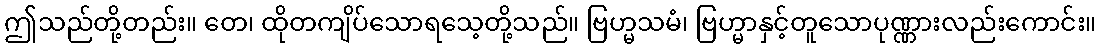
ဤသည်တို့တည်း။ တေ၊ ထိုတကျိပ်သောရသေ့တို့သည်။ ဗြဟ္မသမံ၊ ဗြဟ္မာနှင့်တူသောပုဏ္ဏားလည်းကောင်း။